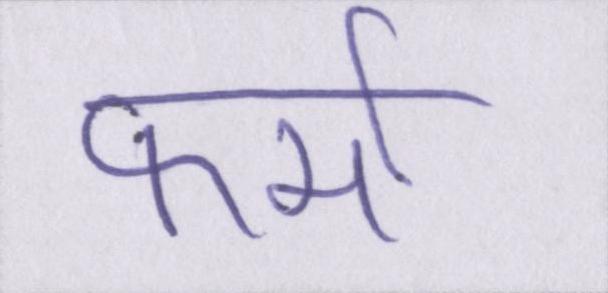
फर्मा